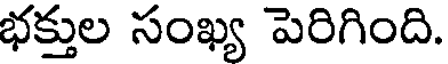
భక్తుల సంఖ్య పెరిగింది.